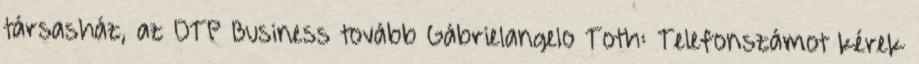
társasház, az OTP Business tovább Gábrielangelo Toth: Telefonszámot kérek